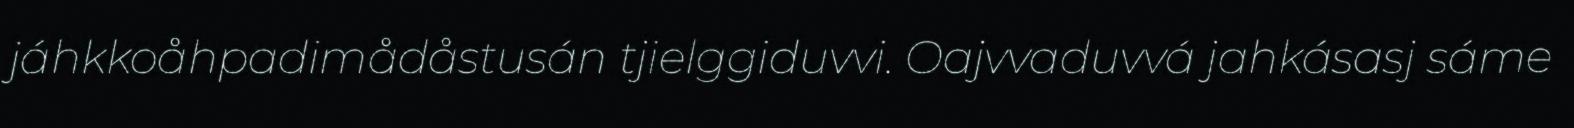
jáhkkoåhpadimådåstusán tjielggiduvvi. Oajvvaduvvá jahkásasj sáme